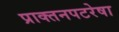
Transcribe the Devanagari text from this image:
प्राक्तनपटरेषा